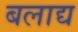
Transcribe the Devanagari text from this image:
बलाद्य